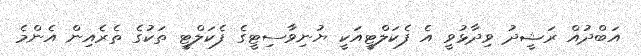
އަބްދުއް ރަޝީދު ވިދާޅުވީ އެ ފެކަލްޓީއަކީ ޔުނިވާސިޓީގެ ފެކަލްޓީ ތަކުގެ ތެރެއިން އެންމެ